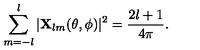
\sum _ { m = - l } ^ { l } | { \bf X } _ { l m } ( \theta , \phi ) | ^ { 2 } = { \frac { 2 l + 1 } { 4 \pi } } .